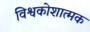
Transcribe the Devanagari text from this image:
विश्वकोशात्मक